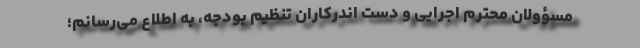
مسؤولان محترم اجرایی و دست اندرکاران تنظیم بودجه، به اطلاع می‌رسانم؛